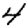
Digit: 4